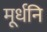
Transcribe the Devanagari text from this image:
मूर्धनि